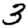
Digit: 3